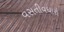
વસતીવધારો